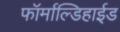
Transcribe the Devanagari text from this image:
फॉर्माल्डिहाईड